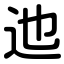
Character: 迆